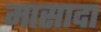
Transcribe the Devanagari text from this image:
मासादा